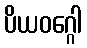
ပိယဝဂ္ဂေါ